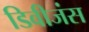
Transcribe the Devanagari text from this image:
डिवीजंस